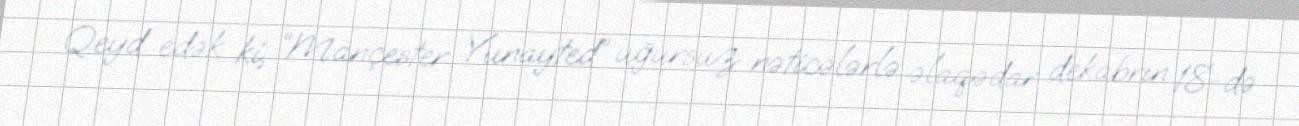
Qeyd edək ki, “Mançester Yunayted” uğursuz nəticələrlə əlaqədar dekabrın 18-də